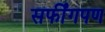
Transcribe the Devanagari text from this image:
सर्फींगपण